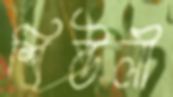
শিউলী